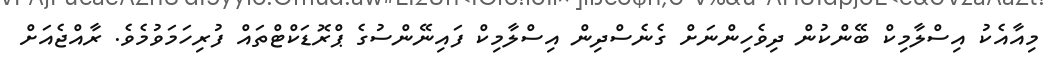
މިއާއެކު އިސްލާމިކް ބޭންކުން ދިވެހިންނަށް ގެނެސްދިން އިސްލާމިކް ފައިނޭންސުގެ ޕްރޮޑަކްޓްތައް ފުރިހަމަވުމެވެ. ރާއްޖެއަށް